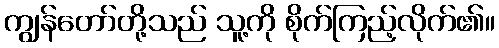
ကျွန်တော်တို့သည် သူ့ကို စိုက်ကြည့်လိုက်၏။